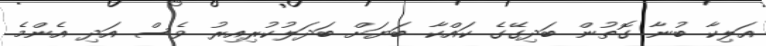
އަލިކާ ބުނާ ގޮތުން ބަދިގޭގެ ކައްކާ ބަޔަށް ބަދަލުކުރިއިރު ވެސް އަދި އެންމެ